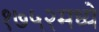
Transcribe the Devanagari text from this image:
१७५२मध्ये